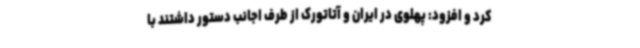
کرد و افزود: پهلوی در ایران و آتاتورک از طرف اجانب دستور داشتند با